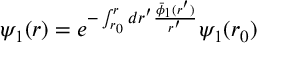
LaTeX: \psi _ { 1 } ( r ) = e ^ { - \int _ { r _ { 0 } } ^ { r } d r ^ { \prime } \frac { \bar { \phi } _ { 1 } ( r ^ { \prime } ) } { r ^ { \prime } } } \psi _ { 1 } ( r _ { 0 } )